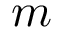
m